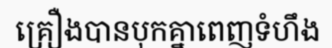
គ្រឿងបានបុកគ្នាពេញទំហឹង